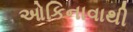
ઓકિનાવાથી